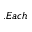
. E a c h